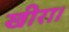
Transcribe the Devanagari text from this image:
खीरा।